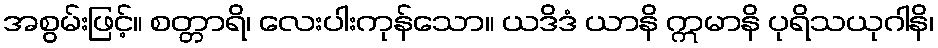
အစွမ်းဖြင့်။ စတ္တာရိ၊ လေးပါးကုန်သော။ ယဒိဒံ ယာနိ ဣမာနိ ပုရိသယုဂါနိ၊